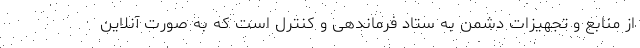
از منابع و تجهیزات دشمن به ستاد فرماندهی و کنترل است که به صورت آنلاین